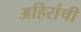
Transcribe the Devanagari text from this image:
अहिरांची